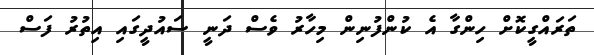
ތަރައްގީކޮށް ހިންގާ އެ ކުންފުނިން މިހާރު ވެސް ދަނީ ސައުދީގައި އިތުރު ފަސް